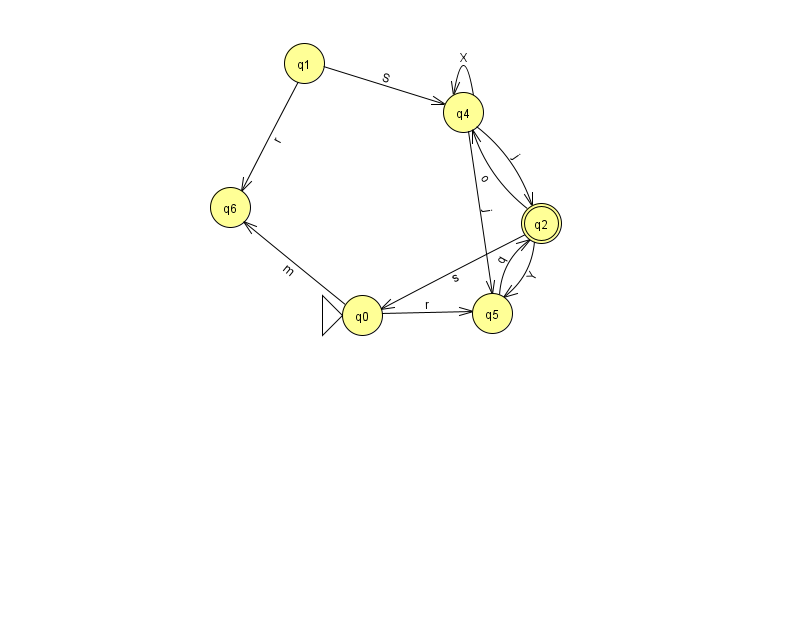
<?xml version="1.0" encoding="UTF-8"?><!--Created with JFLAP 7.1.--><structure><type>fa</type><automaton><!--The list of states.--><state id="0" name="q0"><x>362.0</x><y>302.0</y><initial/></state><state id="1" name="q1"><x>304.0</x><y>50.0</y></state><state id="2" name="q2"><x>541.0</x><y>210.0</y><final/></state><state id="4" name="q4"><x>463.0</x><y>99.0</y></state><state id="5" name="q5"><x>492.0</x><y>300.0</y></state><state id="6" name="q6"><x>230.0</x><y>194.0</y></state><!--The list of transitions.--><transition><from>1</from><to>6</to><read>r</read></transition><transition><from>5</from><to>2</to><read>q</read></transition><transition><from>0</from><to>5</to><read>r</read></transition><transition><from>4</from><to>4</to><read>X</read></transition><transition><from>2</from><to>0</to><read>s</read></transition><transition><from>2</from><to>5</to><read>Y</read></transition><transition><from>2</from><to>4</to><read>o</read></transition><transition><from>0</from><to>6</to><read>m</read></transition><transition><from>1</from><to>4</to><read>S</read></transition><transition><from>4</from><to>2</to><read>j</read></transition><transition><from>4</from><to>5</to><read>j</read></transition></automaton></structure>